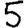
Digit: 5